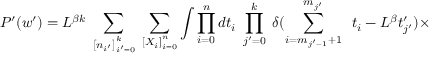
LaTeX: P ^ { \prime } ( w ^ { \prime } ) = L ^ { \beta k } \; \sum _ { \left[ n _ { i ^ { \prime } } \right] _ { i ^ { \prime } = 0 } ^ { k } } \; \sum _ { \left[ X _ { i } \right] _ { i = 0 } ^ { n } } \int \prod _ { i = 0 } ^ { n } d t _ { i } \; \prod _ { j ^ { \prime } = 0 } ^ { k } \; \delta ( \sum _ { { i } = m _ { j ^ { \prime } - 1 } + 1 } ^ { m _ { j ^ { \prime } } } \; \; t _ { i } - L ^ { \beta } t _ { j ^ { \prime } } ^ { \prime } ) \times